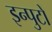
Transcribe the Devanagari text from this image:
इन्पुटों